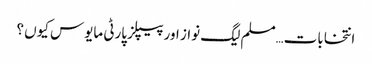
انتخابات…مسلم لیگ نواز اور پیپلز پارٹی مایوس کیوں ؟